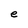
Character: e